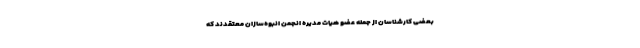
بعضی کارشناسان از جمله عضو هیات مدیره انجمن انبوه‌سازان معتقدند که